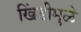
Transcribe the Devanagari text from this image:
खिंडीमुळे